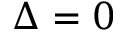
\Delta = 0